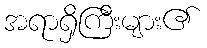
အရာရှိကြီးများ၏